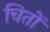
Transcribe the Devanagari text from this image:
चितों